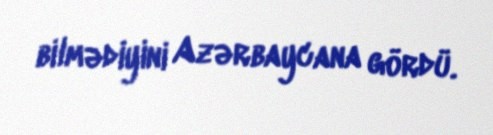
bilmədiyini Azərbaycana gördü.